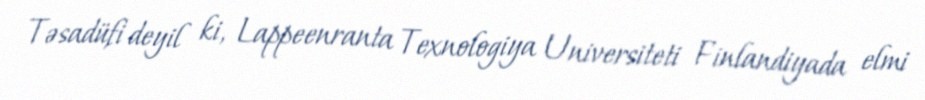
Təsadüfi deyil ki, Lappeenranta Texnologiya Universiteti Finlandiyada elmi